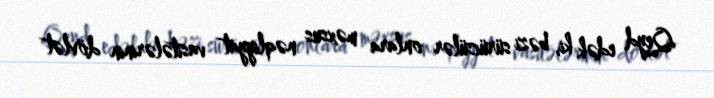
Qeyd edək ki, bəzi sürücülər onlara məxsus nəqliyyat vasitələrinin dövlət